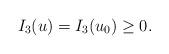
LaTeX: \begin{align*}I_3(u)=I_3(u_0)\geq 0.\end{align*}